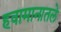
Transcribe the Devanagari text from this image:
हवामानातले